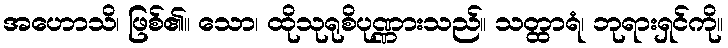
အဟောသိ၊ ဖြစ်၏။ သော၊ ထိုသုရုစိပုဏ္ဏားသည်။ သတ္ထာရံ၊ ဘုရားရှင်ကို။